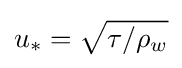
u_{*}={\sqrt {\tau /\rho _{w}}}